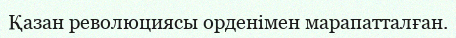
Қазан революциясы орденімен марапатталған.